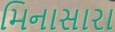
મિનાસારા